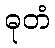
ဓုတံ